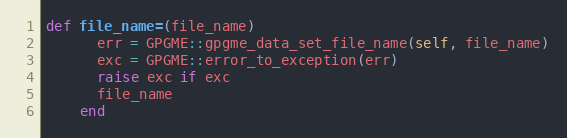
Language: Ruby
def file_name=(file_name)
      err = GPGME::gpgme_data_set_file_name(self, file_name)
      exc = GPGME::error_to_exception(err)
      raise exc if exc
      file_name
    end